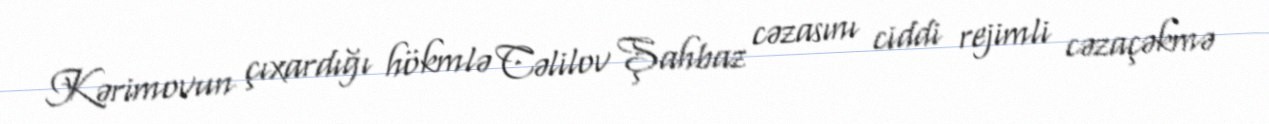
Kərimovun çıxardığı hökmlə Cəlilov Şahbaz cəzasını ciddi rejimli cəzaçəkmə